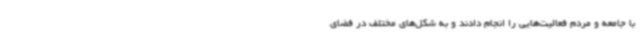
با جامعه و مردم فعالیت‌هایی را انجام دادند و به شکل‌های مختلف در فضای